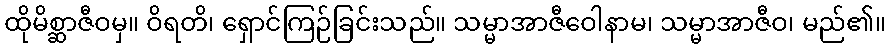
ထိုမိစ္ဆာဇီဝမှ။ ဝိရတိ၊ ရှောင်ကြဉ်ခြင်းသည်။ သမ္မာအာဇီဝေါနာမ၊ သမ္မာအာဇီဝ၊ မည်၏။